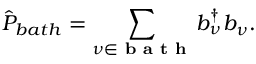
\hat { P } _ { b a t h } = \sum _ { \nu \in \textbf { b a t h } } b _ { \nu } ^ { \dagger } b _ { \nu } .